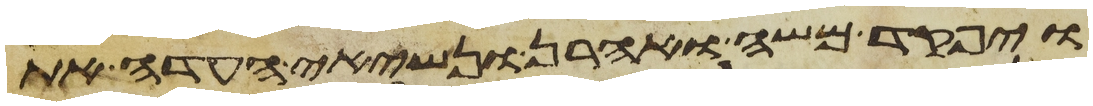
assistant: ויפקד משה ואהרן ונשיאי העדה את